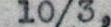
10/3,